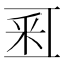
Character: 𨤏